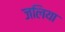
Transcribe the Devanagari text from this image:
जलिया